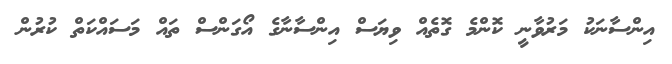
އިންސާނަކު މަރުވާނީ ކޮންމެ ގޮތެއް ވިޔަސް އިންސާނާގެ އޯގަންސް ތައް މަސައްކަތް ކުރުން